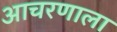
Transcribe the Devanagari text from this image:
आचरणाला